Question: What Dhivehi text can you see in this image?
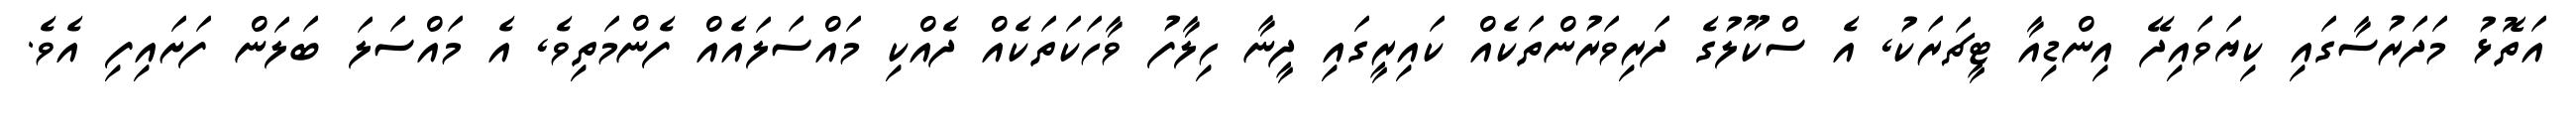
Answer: އަތޮޅު މަދަރުސާގައި ކިޔަވައިދޭ އިންޑިއާ ޓީޗަރަކު, އެ ސްކޫލުގެ ދަރިވަރުންތަކެއް ކައިރީގައި ދީނާ ހިލާފު ވާހަކަތަކެއް ދެއްކި މައްސަލައެއް ފެންމަތިވެ, އެ މައްސަލަ ބަލަން ފަށައިފި އެވެ.